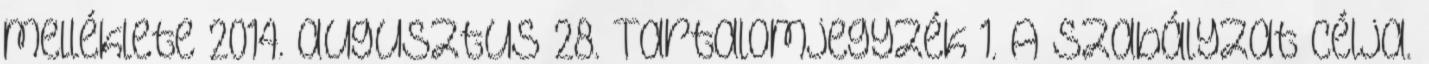
melléklete 2014. augusztus 28. Tartalomjegyzék 1. A szabályzat célja.